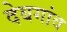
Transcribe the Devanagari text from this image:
देबगांव